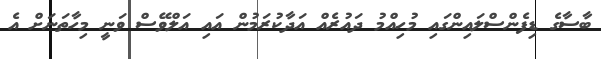
ބާސާގެ ޑިފެންސްލައިންގައި މުހިއްމު ދައުރެއް އަދާކުރަމުން އައި އަލްވޭސް ވަނީ މިހާތަނަށް އެ